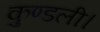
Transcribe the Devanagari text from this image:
कुण्डली।